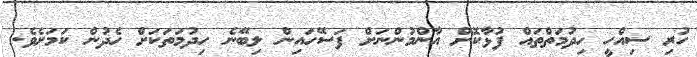
ހުރި ސިއްހީ ހިދުމަތްތައް ފުޅާކޮށް އާންމުންނަށް ފަސޭހައިން ލިބޭނެ ހިދުމަތަކަށް ހެދުން ކަމަށެވެ.